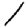
Digit: 1